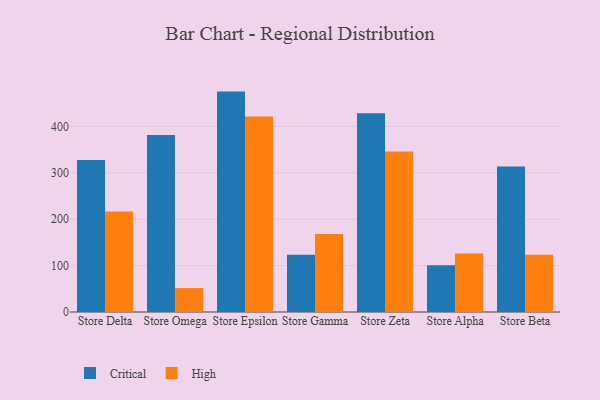
{"axis": {"x": "Store", "y": "Revenue (USD Million)"}, "legend": ["Critical", "High"], "data": [{"x": "Store Delta", "y": 327.5, "type": "Critical"}, {"x": "Store Delta", "y": 216.4, "type": "High"}, {"x": "Store Omega", "y": 381.3, "type": "Critical"}, {"x": "Store Omega", "y": 51.5, "type": "High"}, {"x": "Store Epsilon", "y": 474.9, "type": "Critical"}, {"x": "Store Epsilon", "y": 421.0, "type": "High"}, {"x": "Store Gamma", "y": 123.3, "type": "Critical"}, {"x": "Store Gamma", "y": 168.0, "type": "High"}, {"x": "Store Zeta", "y": 428.3, "type": "Critical"}, {"x": "Store Zeta", "y": 345.9, "type": "High"}, {"x": "Store Alpha", "y": 100.8, "type": "Critical"}, {"x": "Store Alpha", "y": 126.0, "type": "High"}, {"x": "Store Beta", "y": 313.3, "type": "Critical"}, {"x": "Store Beta", "y": 123.1, "type": "High"}]}